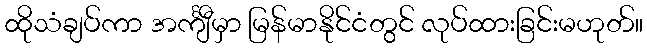
ထိုသံချပ်ကာ အင်္ကျီမှာ မြန်မာနိုင်ငံတွင် လုပ်ထားခြင်းမဟုတ်။